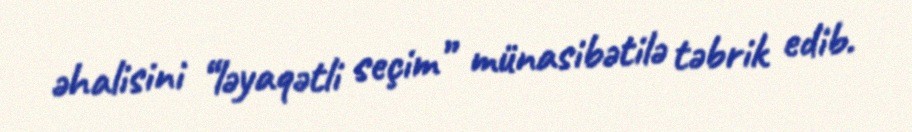
əhalisini “ləyaqətli seçim” münasibətilə təbrik edib.